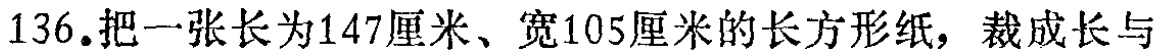
136.把一张长为147厘米、宽105厘米的长方形纸，裁成长与